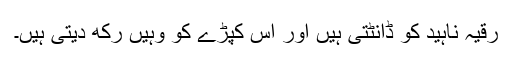
رقیہ ناہید کو ڈانٹتی ہیں اور اس کپڑے کو وہیں رکھ دیتی ہیں۔